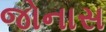
જોનાસ